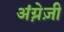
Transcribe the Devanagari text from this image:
अंग्रे़ज़ी